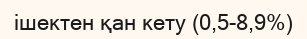
ішектен қан кету (0,5-8,9%)